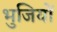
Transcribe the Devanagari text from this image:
भुजियों